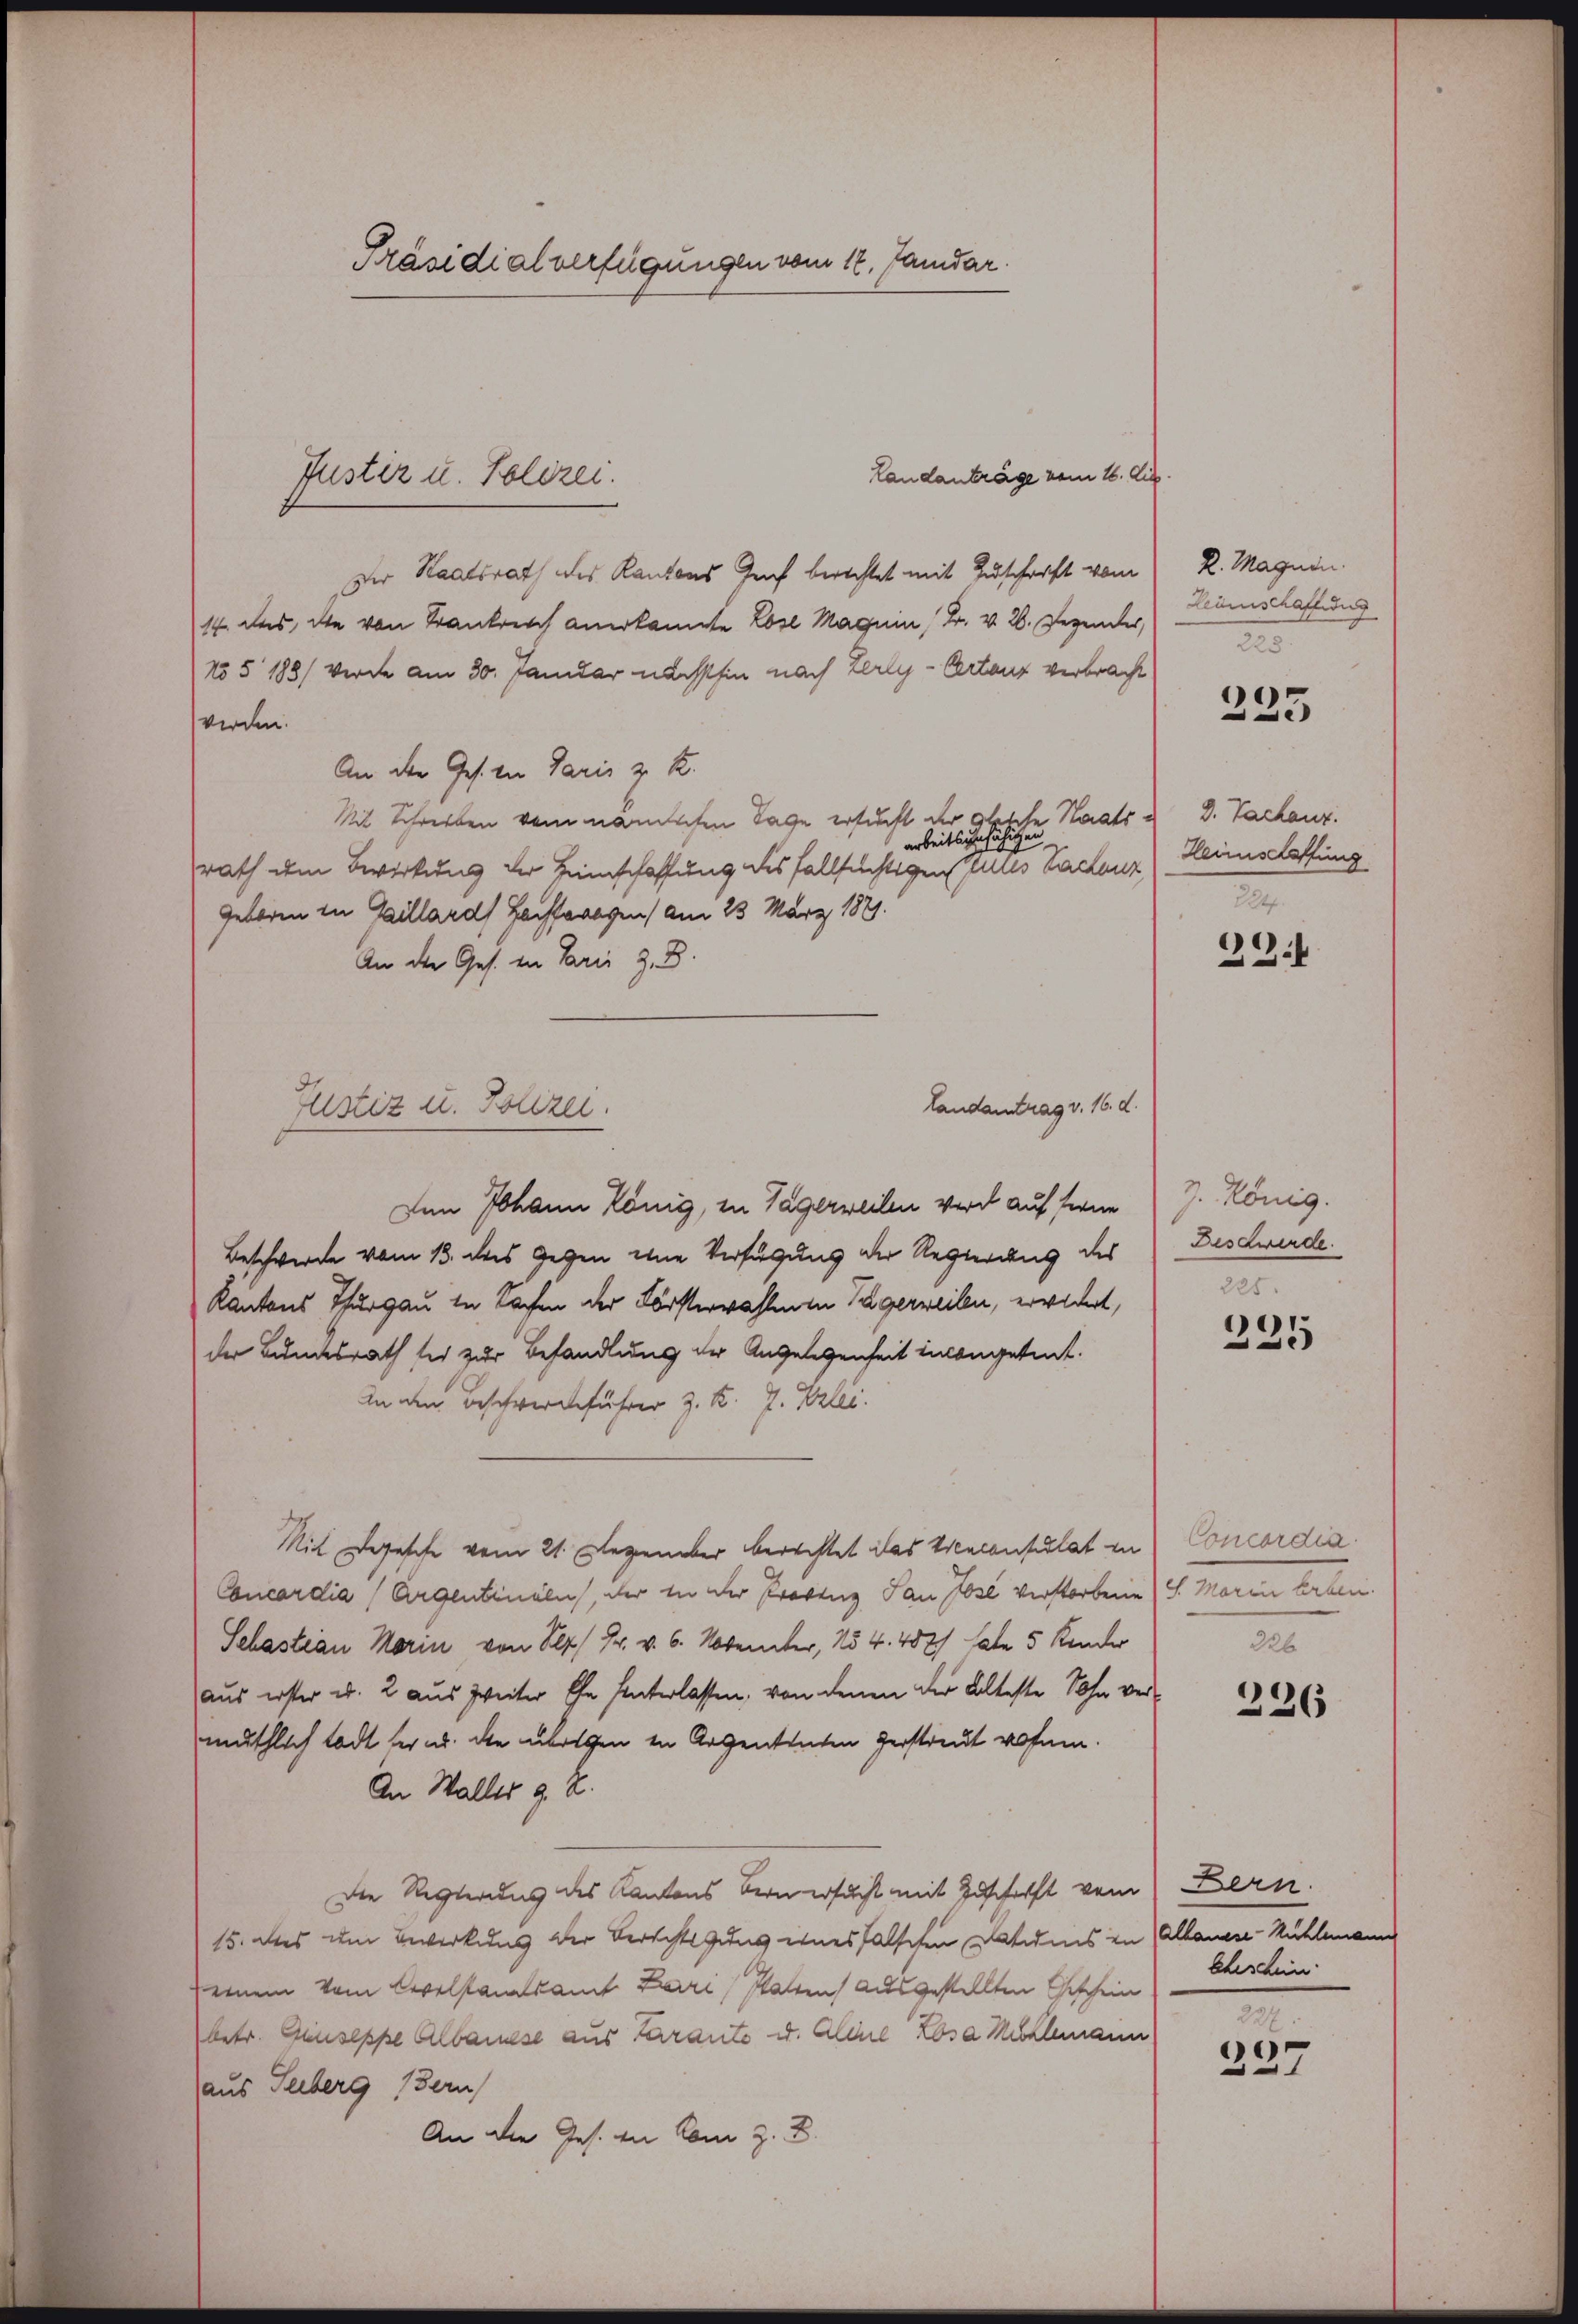
Präsidialverfügungen vom 17. Janidar.

Landanträge vom 16. d.
Der Staatsrath des Kantons Genf berechtet mit Zuschrift vom
14. das, die von Krankreich anerkannte Lose Magnin, Br. v. 26. Gegender,
No 5 1881 werde am 30. Januar nächsthin nach Zerly-Certanz verbracht
werden.
An der Ges. in Paris z. B.
Mit Schreiben vom nämlichen Tage ersucht der gleiche Staatsarbeitsunfähigen
.
rath dem Bewirkung der Hinschaffung des fallsüchtigen Alles backenz) Heimschaffung
Geboren in Gaillards Fechtwegen am 23 März 1891.
An die Ges. in Paris z. B.
Landantrag v. 16. d.
Den Johann König, in Tagerweilen wird auf fern J. König.
Beschwerde vom 13. des Gegen eine Verfügung der Regierung des
Kantons Thurgau in Sachen der Försterwahlen Tägerweilen, erwidert,
der Bundesrath sei zur Behandlung der Angelegenheit unangetret.
An den Beschwerdeführer z. K. J. Vrlei.
Mit Depesche vom 21. Dezember berechtet das Craconsulat in
Concordia (Argentinali, der in der Probing Jan Jose verstorbene S. Marin Erben.
Sebastian Marin von 7 Fr. v. 6. November, No 4. 482/ habe 5 Kinder
aus erster u. 2 aus zweiter Ehe hinterlassen, von denen der Alteste Sohn vermuthlich todt der ab. die übrigen in Argententen Gerstreut wohnen.
An Waller 9. X.
Die Regierung des Kantons Bern ersucht mit Geschrift vom Bern.
15. des um Bewirkung der Berichts uns eines falschen Datums in Albanese-Mühlmann
einem vom Cevelstandsamt Lauri, statten ausgestellten Geschein
betr. Giuseppe Albanese aus Parante u. Aline Rosa Milemann
aus Suberg (Bern
An die Ges. in Com z. B.

Justiz u. Polizei.

Justiz u. Polizei.

K. Magnin.
Leinschaffung
20

225

3. Tachanz.
2247.

234

Deschwerde.

225.
235

Concordia.
226

226

Eheschein.

227
237